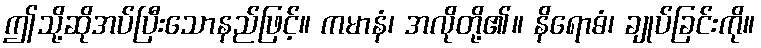
ဤသို့ဆိုအပ်ပြီးသောနည်ဖြင့်။ ကမာနံ၊ အလိုတို့၏။ နိရောဓံ၊ ချုပ်ခြင်းကို။